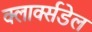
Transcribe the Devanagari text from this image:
क्लार्क्सडेल